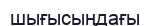
шығысыңдағы